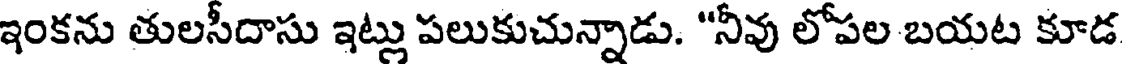
ఇంకను తులసీదాసు ఇట్లు పలుకుచున్నాడు. "నీవు లోపల బయట కూడ